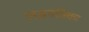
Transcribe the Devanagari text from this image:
लग्नपत्रिका